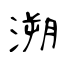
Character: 溯